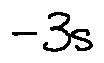
- 3 s